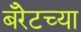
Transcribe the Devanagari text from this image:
बॅरेटच्या